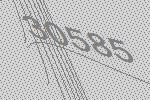
30585